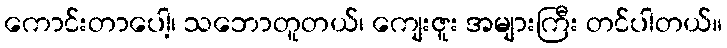
ကောင်းတာပေါ့၊ သဘောတူတယ်၊ ကျေးဇူး အများကြီး တင်ပါတယ်။